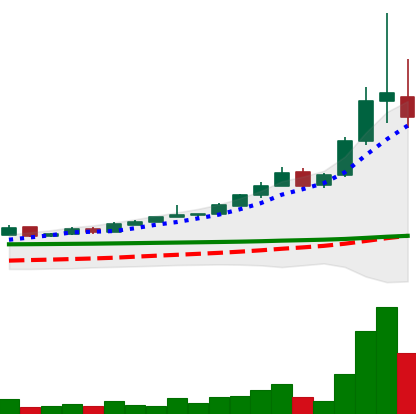
Ticker: BTC-USD
Chart end date: 2015-11-05
Forward return: -12.821%
Label: down_7plus